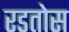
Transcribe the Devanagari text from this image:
रडतोस